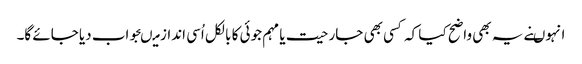
انہوںنے یہ بھی واضح کیا کہ کسی بھی جارحیت یا مہم جوئی کا بالکل اُسی انداز میںجواب دیا جائے گا۔